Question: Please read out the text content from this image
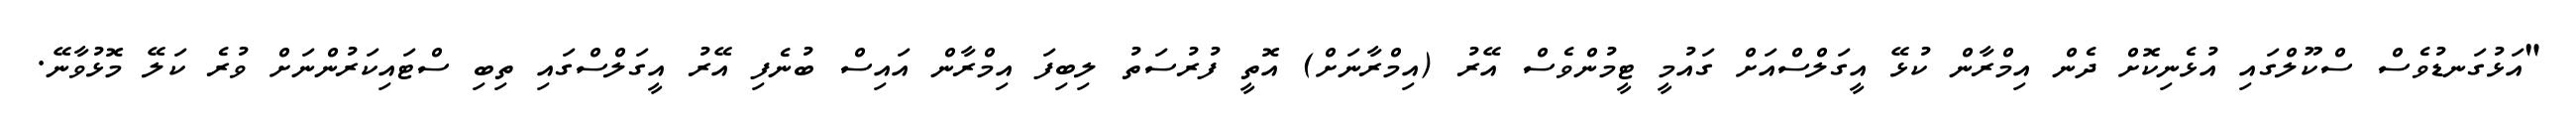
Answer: "އަޅުގަނޑުވެސް ސްކޫލްގައި އުޅެނިކޮށް ދެން އިމްރާން ކުޅޭ އީގަލްސްއަށް ގައުމީ ޓީމުންވެސް އޭރު (އިމްރާނަށް) އޮތީ ފުރުސަތު ލިބިފަ އިމްރާން އައިސް ބުނެފި އޭރު އީގަލްސްގައި ތިބި ސްޓައިކަރުންނަށް ވުރެ ކަލޭ މޮޅުވާނޭ.